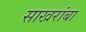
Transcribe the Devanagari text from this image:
साखरांबा